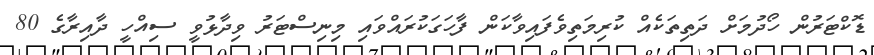
ޑޮކްޓަރުން ހޯދުމަށް ދަތިތަކެއް ކުރިމަތިވެފައިވާކަން ފާހަގަކުރައްވައި މިނިސްޓަރު ވިދާޅުވީ ސިއްހީ ދާއިރާގެ 80